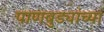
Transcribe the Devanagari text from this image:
पाणबुड्यांच्या